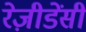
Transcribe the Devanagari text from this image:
रेज़ीडेंसी